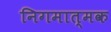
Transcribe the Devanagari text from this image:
निगमात्मक